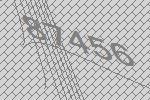
87456